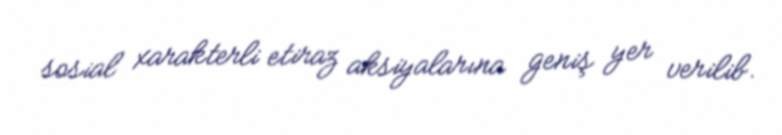
sosial xarakterli etiraz aksiyalarına geniş yer verilib.